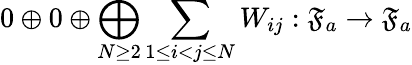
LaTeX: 0\oplus 0\oplus\bigoplus_{N\ge 2}\sum_{1\le i<j\le N}W_{ij}:\mathfrak{F}_{a}\to\mathfrak{F}_{a}